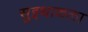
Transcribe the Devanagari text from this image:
सुइथाकला